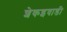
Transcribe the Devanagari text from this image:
शेकइवाडी